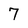
Character: 7